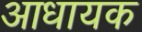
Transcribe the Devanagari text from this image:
आधायक